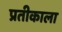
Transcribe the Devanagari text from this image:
प्रतीकाला